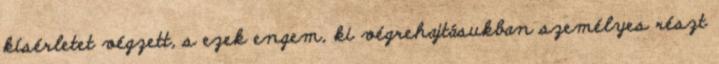
kísérletet végzett, s ezek engem, ki végrehajtásukban személyes részt